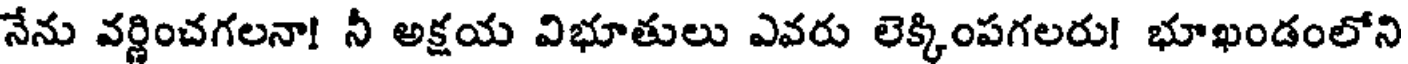
నేను వర్ణించగలనా! నీ అక్షయ విభూతులు ఎవరు లెక్కింపగలరు! భూఖండంలోని